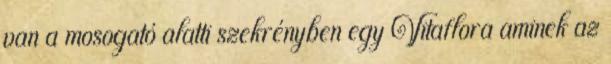
van a mosogató alatti szekrényben egy Vitaflora aminek az